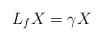
LaTeX: \begin{align*}L_f X = \gamma X\end{align*}